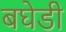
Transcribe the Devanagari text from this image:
बघेडी